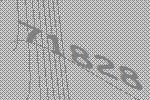
71828